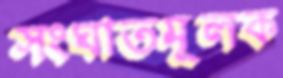
সংঘাতমূলক